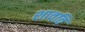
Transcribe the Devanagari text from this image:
शावति